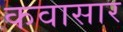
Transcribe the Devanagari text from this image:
कवासार